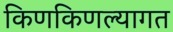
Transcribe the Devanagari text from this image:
किणकिणल्यागत